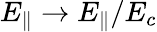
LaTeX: E_{\Vert}\to E_{\Vert}/E_{c}